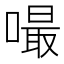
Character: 嘬